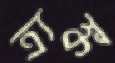
ত্র্যঙ্ক